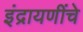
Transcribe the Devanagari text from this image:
इंद्रायणींचे